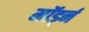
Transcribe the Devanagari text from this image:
मॉर्ड्न